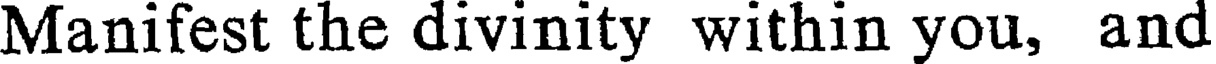
Manifest the divinity within you, and